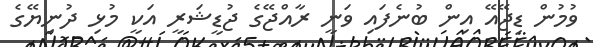
ވުމުން ޑިޖޭއޭ އިން ބުނެފައި ވަނީ ރާއްޖޭގެ ޖުޑީޝަރީ އަކީ މުޅި ދުނިޔޭގެ